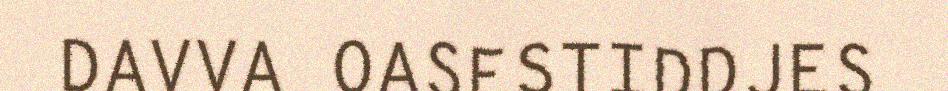
DAVVA OASESTIDDJES